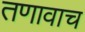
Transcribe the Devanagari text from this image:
तणावाच